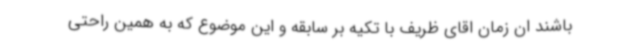
باشند ان زمان اقای ظریف با تکیه بر سابقه و این موضوع که به همین راحتی